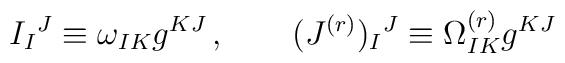
I_I{}^J \equiv \omega_{IK}g^{KJ}\, ,\qquad (J^{(r)})_I{}^J \equiv \Omega^{(r)}_{IK}g^{KJ}